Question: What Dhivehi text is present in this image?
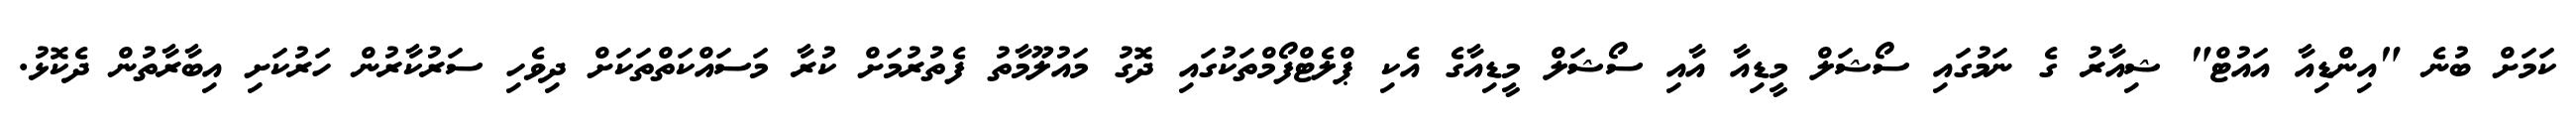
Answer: ކަމަށް ބުނެ "އިންޑިއާ އައުޓް" ޝިއާރު ގެ ނަމުގައި ސޯޝަލް މީޑިއާ އާއި ސޯޝަލް މީޑިއާގެ އެކި ޕްލެޓްފޯމްތަކުގައި ދޮގު މައުލޫމާތު ފެތުރުމަށް ކުރާ މަސައްކަތްތަކަށް ދިވެހި ސަރުކާރުން ހަރުކަށި އިބާރާތުން ދެކޮޅު.